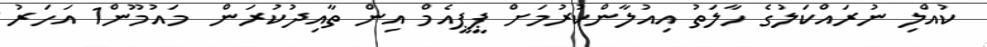
ކުއްލި ނުރައްކަލުގެ ހާލަތު އިއުލާންކުރުމަށް ޕީޕީއެމް އިން ތާއިދުކުރަން  މައުމޫން1 އަހަރު